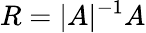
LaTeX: R=|A|^{-1}A